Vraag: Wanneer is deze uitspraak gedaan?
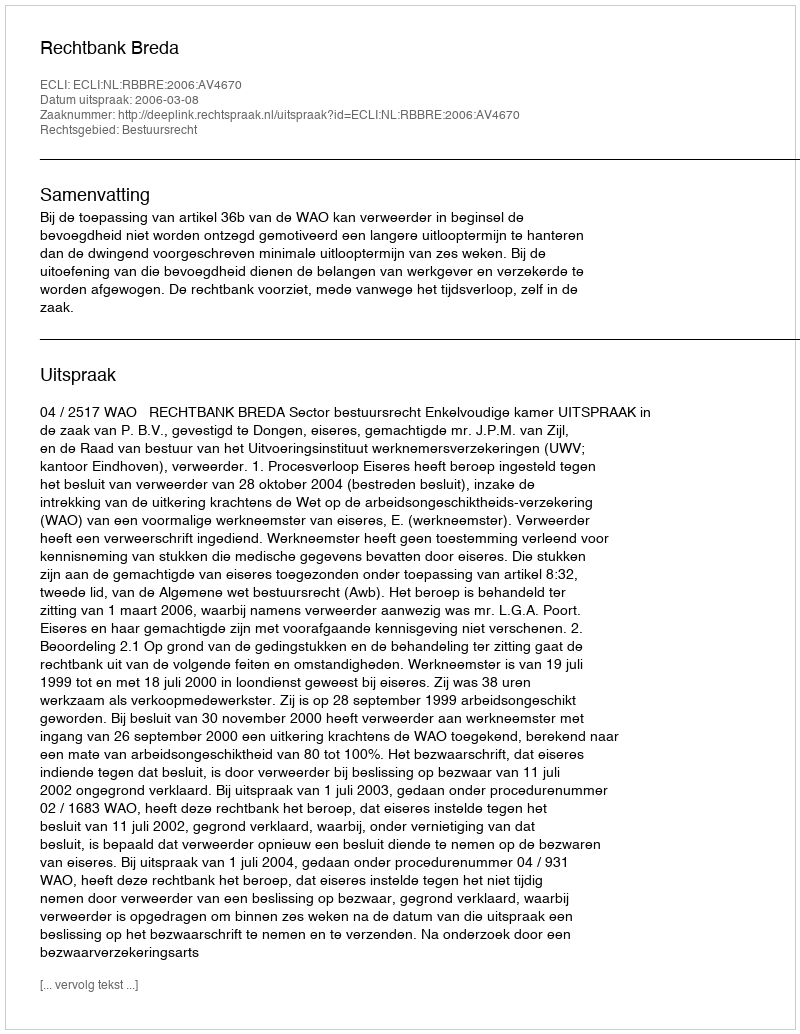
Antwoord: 2006-03-08